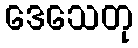
ဒေသေတု